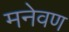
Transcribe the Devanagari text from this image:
मनेवण